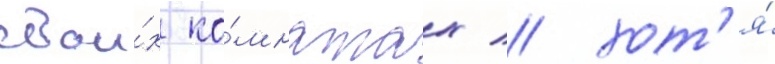
свои́х ко́мнатах / хот'я́